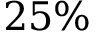
2 5 \%